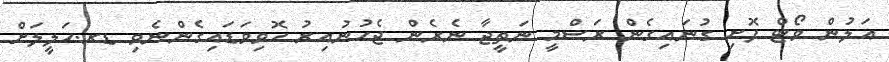
އަލުން ވޯޓް ފޮށި ގުނައިގެން ރަސްމީ ނަތީޖާ ނެރެން ޖެހުނުއިރު ހޮވިވަޑައިގެންނެވި ޑރ.ހަލީލަށް